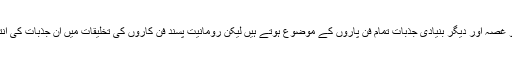
عشق و محبت ، غم و غصہ اور دیگر بنیادی جذبات تمام فن پاروں کے موضوع ہوتے ہیں لیکن رومانیت پسند فن کاروں کی تخلیقات میں ان جذبات کی انتہائی شدت ہوتی ہے۔